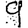
Digit: 9